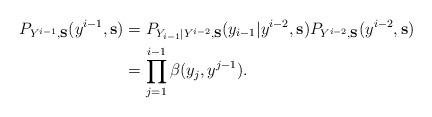
LaTeX: \begin{align*} P_{Y^{i-1}, {\bf S}} (y^{i-1}, {\bf s} )&= P_{Y_{i-1} | Y^{i-2}, {\bf S}} (y_{i-1} | y^{i-2}, {\bf s} ) P_{Y^{i-2}, {\bf S}} (y^{i-2}, {\bf s} ) \\& = \prod_{j=1}^{i-1} \beta(y_{j}, y^{j-1}). \end{align*}